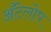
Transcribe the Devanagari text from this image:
अँटेलोप